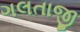
ગલતાજી